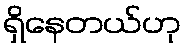
ရှိနေတယ်ဟု